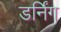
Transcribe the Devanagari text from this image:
डर्निंग